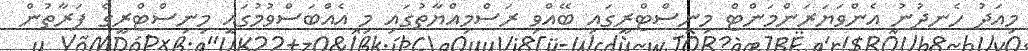
މިއަދު ހެނދުނު އެންވަޔަރަންމަންޓް މިނިސްޓްރީގައި ބޭއްވި ރަސްމިއްޔާތުގައި މި އެއްބަސްވުމުގައި މިނިސްޓްރީގެ ފަރާތުން